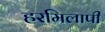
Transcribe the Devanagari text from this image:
हरमिलापी